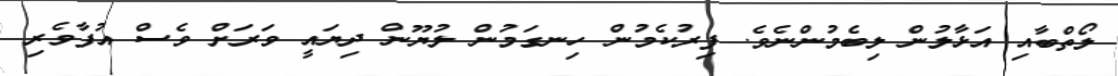
ލޯތްބާއި އަޅާލުން ލިބެމުންނެވެ. ފިރުކެމުން ހިނގަމުން ލުޔޫން ދިޔައީ ވަރަށް ވެސް އުފާވެރި